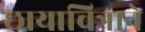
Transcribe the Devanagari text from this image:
छायाचित्राने